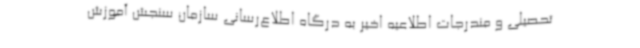
تحصیلی و مندرجات اطلاعیه اخیر به درگاه اطلاع‌رسانی سازمان سنجش آموزش